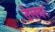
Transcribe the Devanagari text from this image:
तेलवर